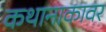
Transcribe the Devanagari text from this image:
कथानाकावर